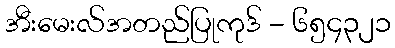
အီးမေးလ်အတည်ပြုကုဒ် - ၆၅၄၃၂၁